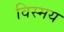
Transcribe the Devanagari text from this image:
विस्‍मय